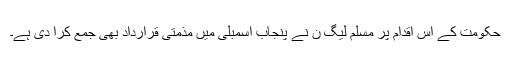
حکومت کے اس اقدام پر مسلم لیگ ن نے پنجاب اسمبلی میں مذمتی قرارداد بھی جمع کرا دی ہے۔